Scottish Leaving Certificate Examination, 1958
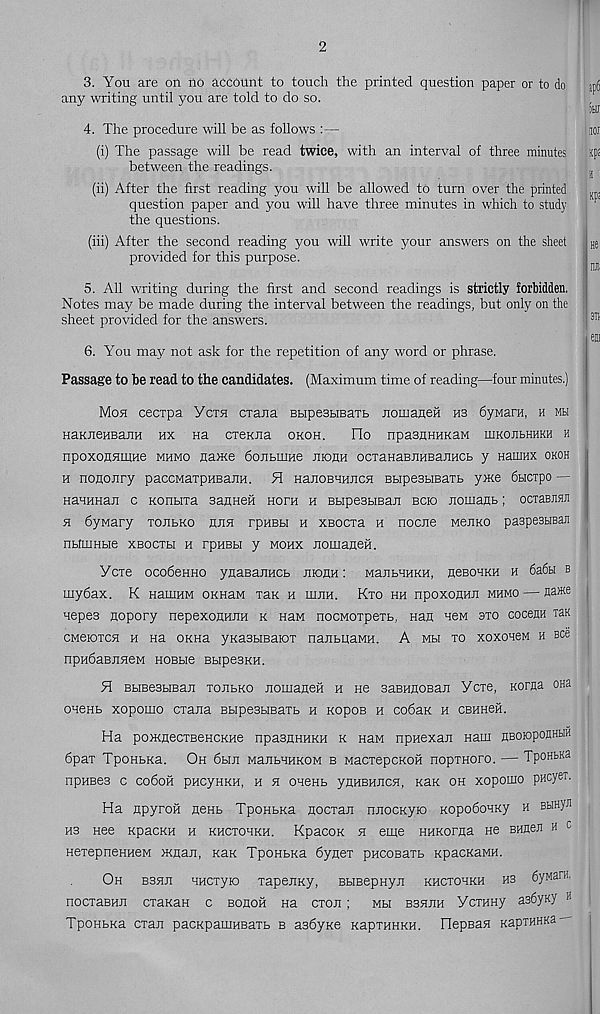
2
3. You are on no account to touch the printed question paper or to do
any writing until you are told to do so.
4. The procedure will be as follows :—
(i) The passage will be read twice, with an interval of three minutes
between the readings.
(ii) After the first reading you will be allowed to turn over the printed
question paper and you will have three minutes in which to study
the questions.
(iii) After the second reading you will write your answers on the sheet
provided for this purpose.
5. All writing during the first and second readings is strictly forbidden.
Notes may be made during the interval between the readings, but only on the
sheet provided for the answers.
6. You may not ask for the repetition of any word or phrase.
Passage to be read to the candidates. (Maximum time of reading—four minutes.)
Moh cecTpa Ycth crana BupeSHBarb nomaneH hb bynarH, h mh
HaKneHBaJiH nx na creKua okoh.
Ho npasnHUKaM ihkojilhhkh h
npoxoHHmHe mhmo name bontume menu ocTaHaBJinBanncb y HamHX okoh
h nononry paccMarpuBajiH. H HanoBUHUCH BbipesbieaTb yme bbicrpo —
HaHHHaii c Konbixa sanHefi Horn h BbipeBbiBan bcio nomaub; ociaBJOT
x bynary tojibko huh rpHBbi h XBocra h nocne wenKO paspestiBan
nbtiiiHbie xBocxbi h rpHBbi y mohx JiomaneH.
Ycxe ocobeHHo ynaBajiHCb Jironn: ManbBHKH, neBOHKH h 6a6u b
inybax. K HaiiMM OKHaw xax m mnH. Kxo hh npoxonHJi mhmo — na* e
uepes nopory nepexonHUH k hbm nocMoxpexb, nan neM axo cocenH ran
CMeioxcH h Ha OKHa yKasbiBarox nanbitaMH. A mm xo xoxoneM h bcb
npHbaBKHeM HOBbie BbipeSKH.
H BbiBesuBan xonbKO nomaneH h ne saBHnoBan Ycxe, Korna oea
ouenb xopomo exana BbipesuBaxb h KopoB h cobaK h cbhh6h.
Ha pomnecxseHCKHe npasnHHKH k naM npHexan naui HBOiopoBHfcW
bpax TpoHbKa. Oh bbifi ManbHHKOM b MacxepcKoft nopiHoro. — TpoHBKa
npHBes c coboH pncynKH, h x ouenb ynHBHJicH, KaK oh xopomo pHcyei.
Ha npyrofi nenb TpoHbKa noexan nnocKyio KopobouKy h Bbmyr
hb nee KpacKH h khcxohkh. KpacoR x eme HHKorna He BHjten h c
HexepneHHeM mnan, KaK TpoHbKa bynex pncoBaxb KpacKaMH.
Oh bssui HHCxyio xapejiKy, BbiBepHyn khcxohkh hs 6yMarH.
nocxaBHJi cxaKan c bohoh na exon; mm bshhh YcxHHy asbyKy H
TpoHbKa exan pacKpauiHBaxb b asbyne KapraHKH. HepBan KapxHHKa